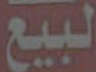
لبيع